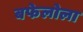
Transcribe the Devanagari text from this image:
बफेलोला